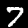
Digit: 7